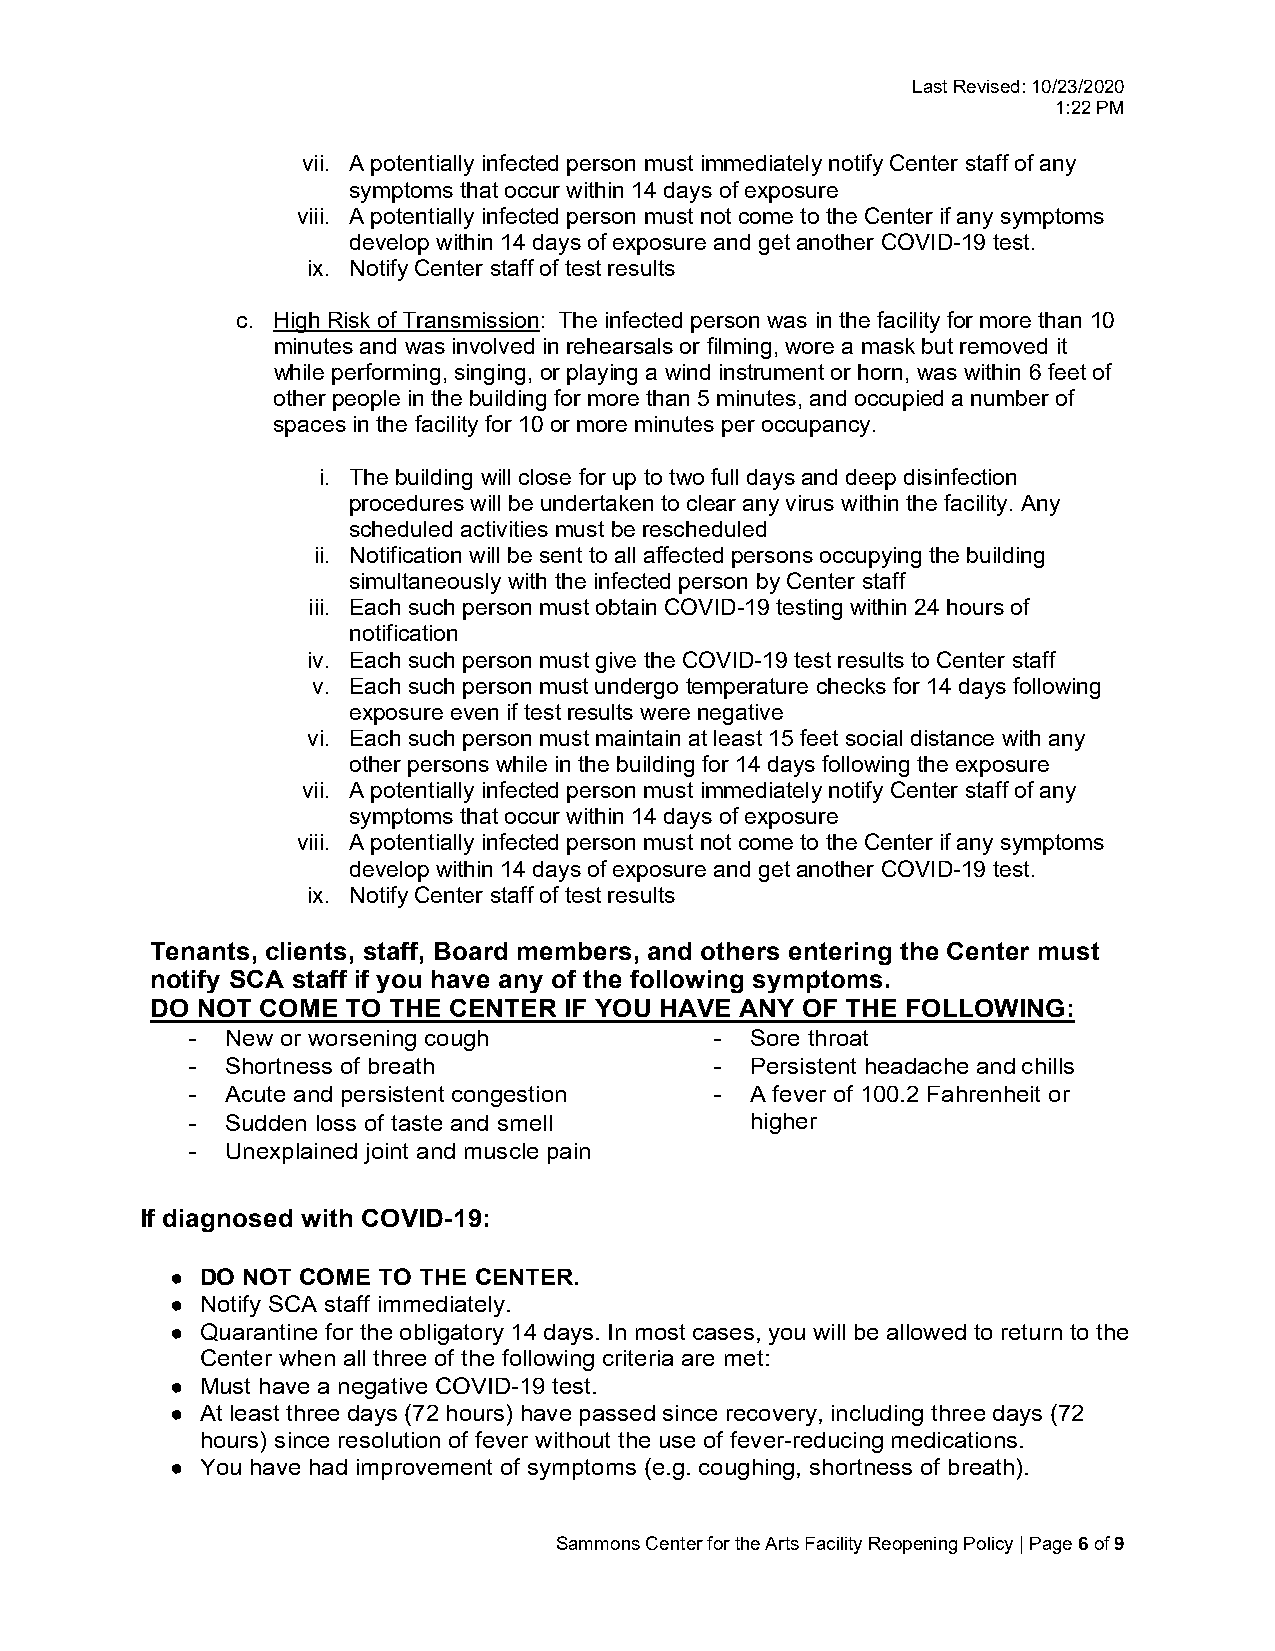
Last Revised: 10/23/2020
 1:22 PM
 vii. A potentially infected person must immediately notify Center staff of any
 symptoms that occur within 14 days of exposure
 viii. A potentially infected person must not come to the Center if any symptoms
 develop within 14 days of exposure and get another COVID-19 test.
 ix. Notify Center staff of test results
 c. High Risk of Transmission: The infected person was in the facility for more than 10
 minutes and was involved in rehearsals or filming, wore a mask but removed it
 while performing, singing, or playing a wind instrument or horn, was within 6 feet of
 other people in the building for more than 5 minutes, and occupied a number of
 spaces in the facility for 10 or more minutes per occupancy.
 i. The building will close for up to two full days and deep disinfection
 procedures will be undertaken to clear any virus within the facility. Any
 scheduled activities must be rescheduled
 ii. Notification will be sent to all affected persons occupying the building
 simultaneously with the infected person by Center staff
 iii. Each such person must obtain COVID-19 testing within 24 hours of
 notification
 iv. Each such person must give the COVID-19 test results to Center staff
 v. Each such person must undergo temperature checks for 14 days following
 exposure even if test results were negative
 vi. Each such person must maintain at least 15 feet social distance with any
 other persons while in the building for 14 days following the exposure
 vii. A potentially infected person must immediately notify Center staff of any
 symptoms that occur within 14 days of exposure
 viii. A potentially infected person must not come to the Center if any symptoms
 develop within 14 days of exposure and get another COVID-19 test.
 ix. Notify Center staff of test results
 Tenants, clients, staff, Board members, and others entering the Center must
 notify SCA staff if you have any of the following symptoms.
 DO NOT COME  TO THE CENTER IF YOU HAVE ANY OF THE FOLLOWING:
 -  New or worsening cough          -  Sore throat
 -  Shortness of breath             -  Persistent headache and chills
 -  Acute and persistent congestion -  A fever of 100.2 Fahrenheit or
 -  Sudden loss of taste and smell     higher
 -  Unexplained joint and muscle pain
 If diagnosed with COVID-19:
 ● DO NOT COME TO THE CENTER.
 ● Notify SCA staff immediately.
 ● Quarantine for the obligatory 14 days. In most cases, you will be allowed to return to the
 Center when all three of the following criteria are met:
 ● Must have a negative COVID-19 test.
 ● At least three days (72 hours) have passed since recovery, including three days (72
 hours) since resolution of fever without the use of fever-reducing medications.
 ● You have had improvement of symptoms (e.g. coughing, shortness of breath).
 Sammons Center for the Arts Facility Reopening Policy | Page 6 of 9